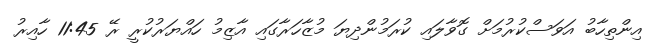
އިންތިހާބު އަވަސްކުރުމަށް ގޮވާލައި ކުރަމުންދިޔަ މުޒާހަރާގައި އާޒިމު ހައްޔަރުކުރީ ރޭ 11:45 ހާއިރު